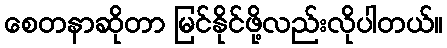
စေတနာဆိုတာ မြင်နိုင်ဖို့လည်းလိုပါတယ်။